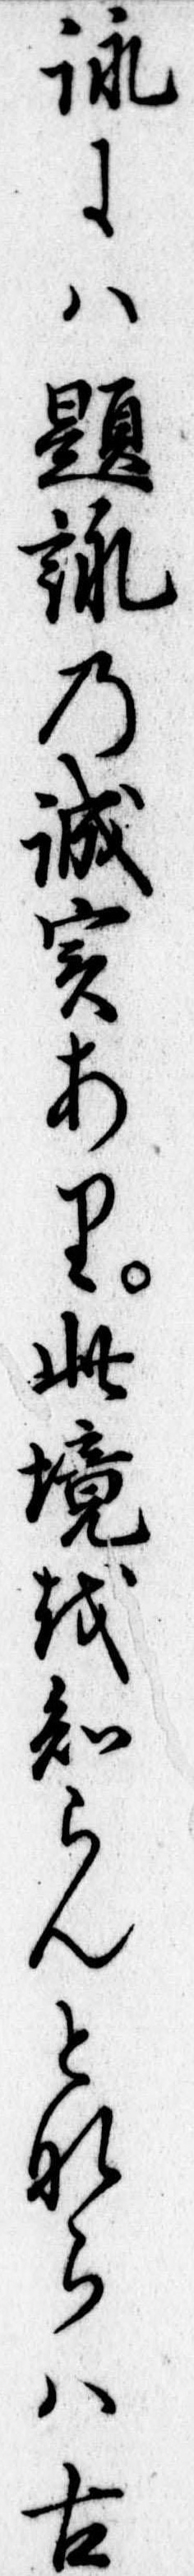
詠には題詠の誠実あり此境を知らんとならは古